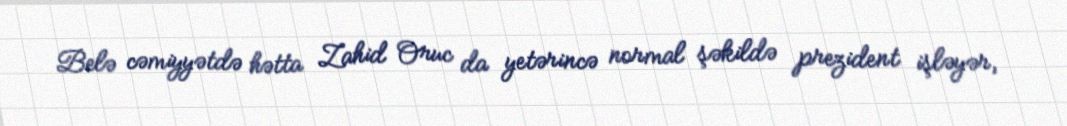
Belə cəmiyyətdə hətta Zahid Oruc da yetərincə normal şəkildə prezident işləyər,